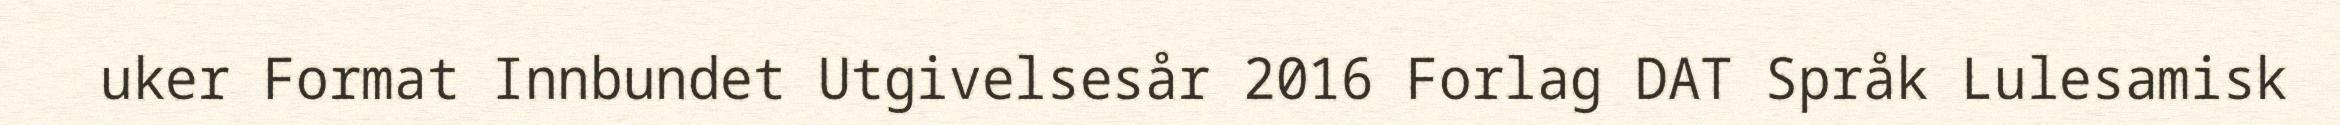
uker Format Innbundet Utgivelsesår 2016 Forlag DAT Språk Lulesamisk